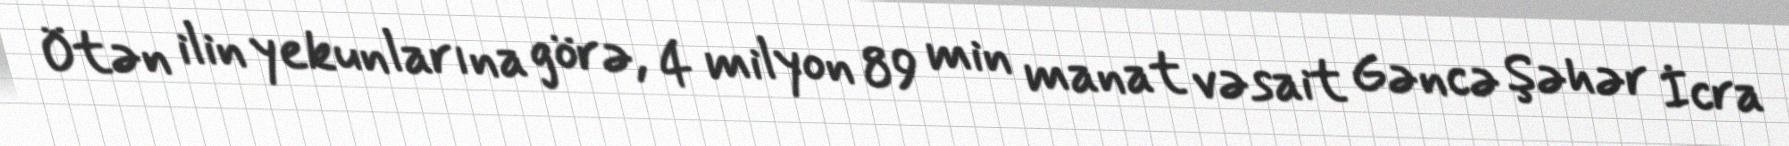
Ötən ilin yekunlarına görə, 4 milyon 89 min manat vəsait Gəncə Şəhər İcra